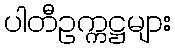
ပါတီဥက္ကဋ္ဌများ